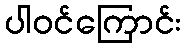
ပါဝင်ကြောင်း